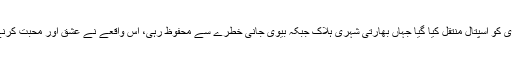
اس واقعے کے بعد میاں بیوی کو اسپتال منتقل کیا گیا جہاں بھارتی شہری ہلاک جبکہ بیوی جانی خطرے سے محفوظ رہی، اس واقعے نے عشق اور محبت کرنے والوں کو نیا سبق دے دیا۔